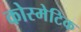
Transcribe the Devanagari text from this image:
कोस्मेटिक